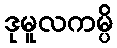
ဒုမူလကမ္ပိ